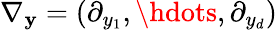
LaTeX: \nabla_{\mathbf{y}}=\left(\partial_{y_{1}},\hdots,\partial_{y_{d}}\right)